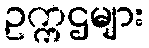
ဥက္ကဌများ